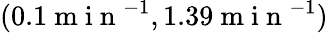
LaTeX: (0.1\mathrm{~m~i~n~}^{-1},1.39\mathrm{~m~i~n~}^{-1})